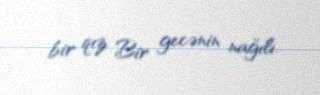
bir qız Bir gecənin nağılı.